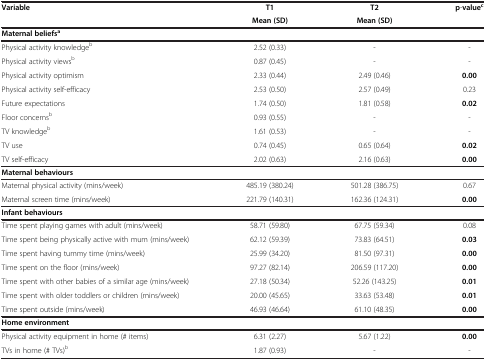
| Variable | T1 | T2 | p-valuec |
 |  | Mean (SD) | Mean (SD) |  |
 | --- | --- | --- | --- |
 | Maternal beliefsa |  |  |  |
 | Physical activity knowledgeb | 2.52 (0.33) | - | - |
 | Physical activity viewsb | 0.87 (0.45) | - | - |
 | Physical activity optimism | 2.33 (0.44) | 2.49 (0.46) | 0.00 |
 | Physical activity self-efficacy | 2.53 (0.50) | 2.57 (0.49) | 0.23 |
 | Future expectations | 1.74 (0.50) | 1.81 (0.58) | 0.02 |
 | Floor concernsb | 0.93 (0.55) | - | - |
 | TV knowledgeb | 1.61 (0.53) | - | - |
 | TV use | 0.74 (0.45) | 0.65 (0.64) | 0.02 |
 | TV self-efficacy | 2.02 (0.63) | 2.16 (0.63) | 0.00 |
 | Maternal behaviours |  |  |  |
 | Maternal physical activity (mins/week) | 485.19 (380.24) | 501.28 (386.75) | 0.67 |
 | Maternal screen time (mins/week) | 221.79 (140.31) | 162.36 (124.31) | 0.00 |
 | Infant behaviours |  |  |  |
 | Time spent playing games with adult (mins/week) | 58.71 (59.80) | 67.75 (59.34) | 0.08 |
 | Time spent being physically active with mum (mins/week) | 62.12 (59.39) | 73.83 (64.51) | 0.03 |
 | Time spent having tummy time (mins/week) | 25.99 (34.20) | 81.50 (97.31) | 0.00 |
 | Time spent on the floor (mins/week) | 97.27 (82.14) | 206.59 (117.20) | 0.00 |
 | Time spent with other babies of a similar age (mins/week) | 27.18 (50.34) | 52.26 (143.25) | 0.01 |
 | Time spent with older toddlers or children (mins/week) | 20.00 (45.65) | 33.63 (53.48) | 0.01 |
 | Time spent outside (mins/week) | 46.93 (46.64) | 61.10 (48.35) | 0.00 |
 | Home environment |  |  |  |
 | Physical activity equipment in home (# items) | 6.31 (2.27) | 5.67 (1.22) | 0.00 |
 | TVs in home (# TVs)b | 1.87 (0.93) | - | - |